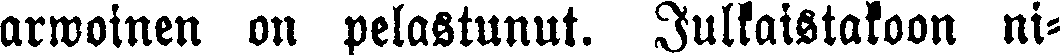
arwoinen on pelastunut. Julkaistakoon ni-